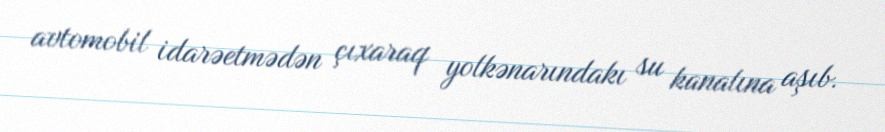
avtomobil idarəetmədən çıxaraq yolkənarındakı su kanalına aşıb.